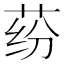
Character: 𰱍